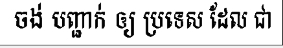
ចង់ បញ្ជាក់ ឲ្យ ប្រទេស ដែល ជា